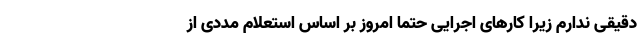
دقیقی ندارم زیرا کارهای اجرایی حتما امروز بر اساس استعلام مددی از